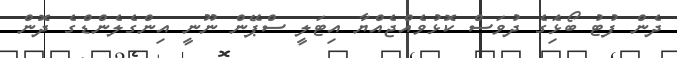
ދެން ފުޓު ބޯޅަެިގެ ދުވަސް ކޮޅުވެއްޖެއްޔާ އިޓަލީ ސްޕޭން ނޫނީ އިންގެލެންޑްގެ ދޮން